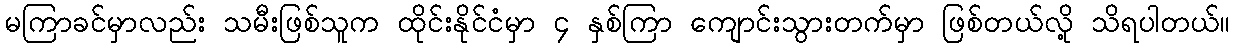
မကြာခင်မှာလည်း သမီးဖြစ်သူက ထိုင်းနိုင်ငံမှာ ၄ နှစ်ကြာ ကျောင်းသွားတက်မှာ ဖြစ်တယ်လို့ သိရပါတယ်။